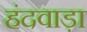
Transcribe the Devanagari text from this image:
हंदवाड़ा